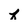
Character: h